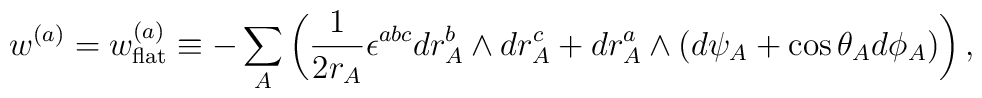
w^{(a)}=w^{(a)}_{\rm flat}\equiv-\sum_A \left(\frac{1}{2r_A}\epsilon^{abc}dr_A^b\wedge dr_A^c+dr_A^a\wedge (d\psi_A+\cos\theta_A d\phi_A)\right),